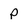
Character: p